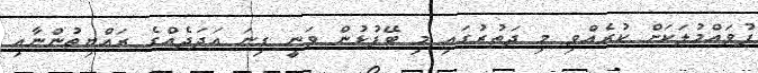
ފުވައްމުލަކަށް ކުރެއްވި މި ދަތުރުގައި މި ބޭފުޅުން ވަނީ ގިނަ އަދަދެއްގެ ރައްޔިތުންނާއި